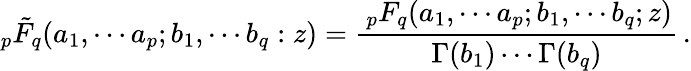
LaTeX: _p\tilde{F}_{q}(a_{1},\cdots a_{p};b_{1},\cdots b_{q}:z)=\frac{\, _{p}F_{q}(a_{1},\cdots a_{p};b_{1},\cdots b_{q};z)}{\Gamma(b_{1})\cdots\Gamma(b_{q})}\, .